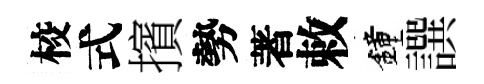
校式擯勢著敕鐘譔